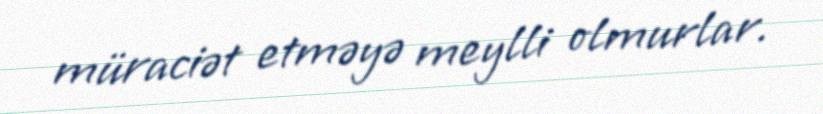
müraciət etməyə meylli olmurlar.